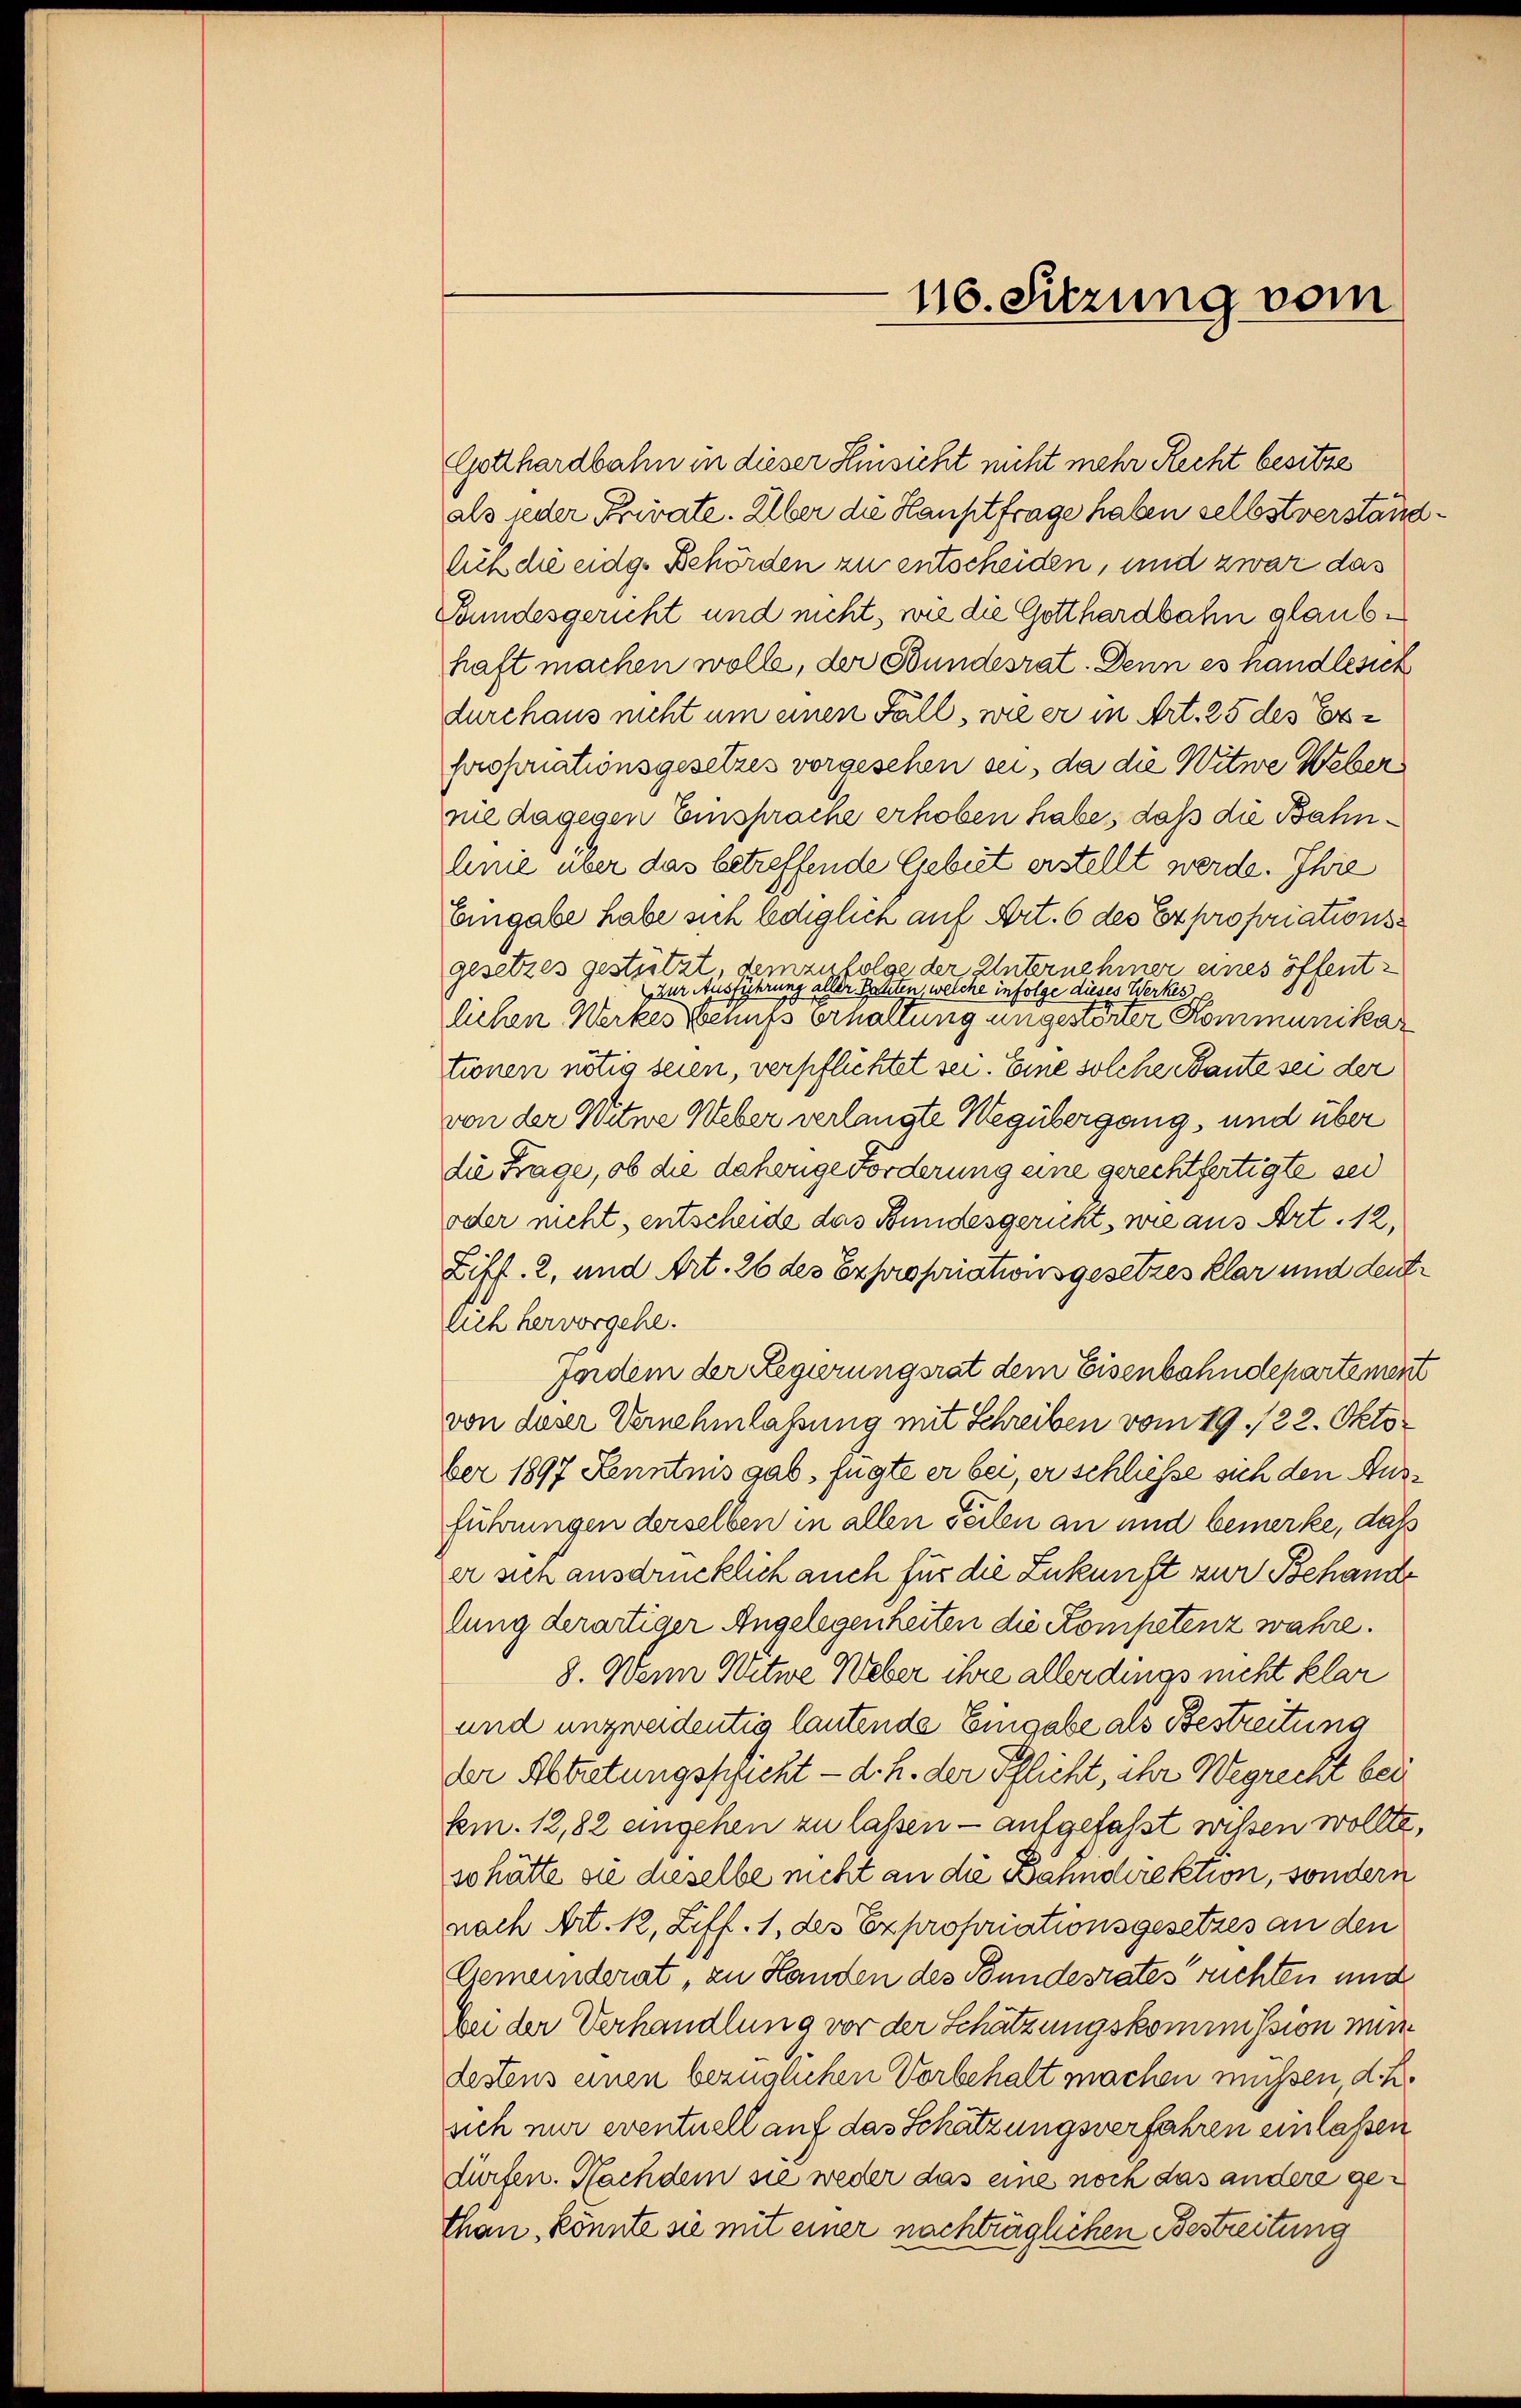
116. Sitzung vom

Gotthardbahn in dieser Hinsicht nicht mehr Recht besitze
als jeder Private. Über die Hauptfrage haben selbstverständ¬
Auch die eidg. Behörden zu entscheiden, und zwar das
Bundesgericht und nicht, wie die Gotthardbahn glaubhaft machen wolle, der Bundesrat. Denn es handlesich
durchaus nicht um einen Fall, wie er in Art. 25 des Erproponationsgesetzes vorgesehen sei, da die Witwe Weber
nie dagegen Einsprache erhoben habe, daß die Bahnlinie über das betreffende Gebiet erstellt werde. Ihre
Eingabe habe sich lediglich auf Art. 6 des Expropriationsgesetzes gestützt, demzufolge der Unternehmer eines öffentzur Ausführung aller Pachten, welche infolge dieses Werkes
lichen Werkes behufs Erhaltung ungestörter Kommunikar
tionen nötig seien, verpflichtet sei. Eine solche Baute sei der
von der Witwe Weber verlangte Wegübergang, und über
die Frage, ob die daherige Forderung eine gerechtfertigte sei
oder nicht, entscheide das Bundesgericht, wie aus Art. 12,
Ziff. 2, und Art. 26 des Expropriationsgesetzes klar und deutlich hervorgehe.
ferdem der Regierungsrat dem Eisenbahndepartement
von deser Vernehmlassung mit Schreiben vom 29. /22. Oktober 1897 Kenntnis gab, fügte er bei, er schliesse sich den Ausführungen derselben in allen Teilen an und bemerke, daß
er sich ausdrücklich auch für die Zukunft zur Behande
lung derartiger Angelegenheiten die Kompetenz wahre.
8. Wenn Witwe Weber ihre allerdings nicht klar
und unzweidentig lautende Eingabe als Bestreitung
der Abtretungspricht — d. h. der Pflicht, ihr Wegrecht bei
km. 12,82 eingehen zu laßen — aufgefasst wissen wollte,
so hätte sie dieselbe nicht an die Bahndirektion, sondern
nach Art. 12, Ziff. 1, des Expropriationsgesetzes an den
Gemeinderat, zu Handen des Bundesrates ruchten und
bei der Verhandlung vor der Schätzungskommission mindestens einen bezüglichen Vorbehalt machen müssen, d. R.
sich nur eventuell auf das Schätzungsverfahren einlassen
dürfen. Nachdem sie weder das eine noch das andere gethan, könnte sie mit einer nachträglichen Bestreitung